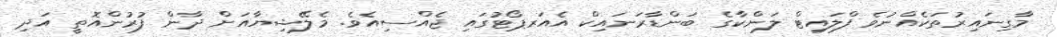
މާގިނައިރުތަކެއްނުވެ ފްލައިޓް ލަންކާގެ ބަންޑާރަނައިކް އެއަރޕޯޓުގައި ޖެއްސިއެވެ. މެލޭޝިޔާއަށް ދާން ފުރުންއޮތީ އަދި